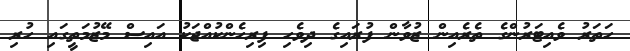
ހަތަރު ވެއިޓަރުންގެ ތެރެއިން ޒުވާން ފުރައިގެ ދިވެހި ފިރިހެންކުއްޖަކު އައިސް މޭޒުމަތީގައި ހުރި